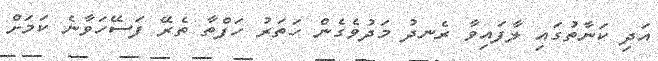
އަދި ކަނާތުގައި ލާފައިވާ ރެނދު މަދުވެގެން ހަތަރު ހަފްތާ ތެރޭ ފަސޭހަވާނެ ކަމަށް